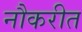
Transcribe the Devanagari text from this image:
नौकरीत